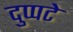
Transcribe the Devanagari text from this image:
दुप्पटे